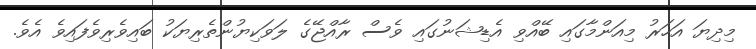
މިދިޔަ އަހަރު މިއަންމާގައި ބޭއްވި އެޑިޝަނުގައި ވެސް ރާއްޖޭގެ ލަވަކިޔުންތެރިޔަކު ބައިވެރިވެފައިވެ އެވެ.